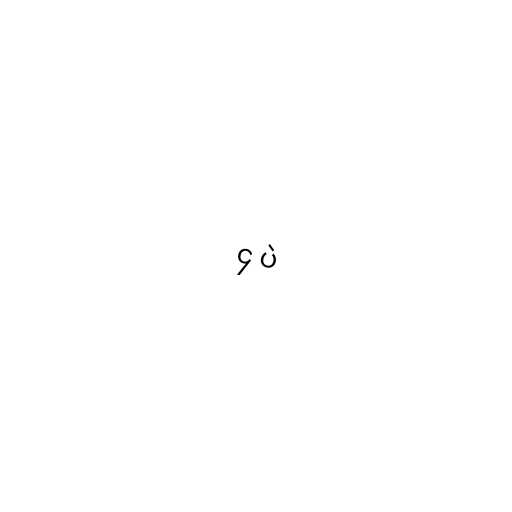
၄ ပဲ